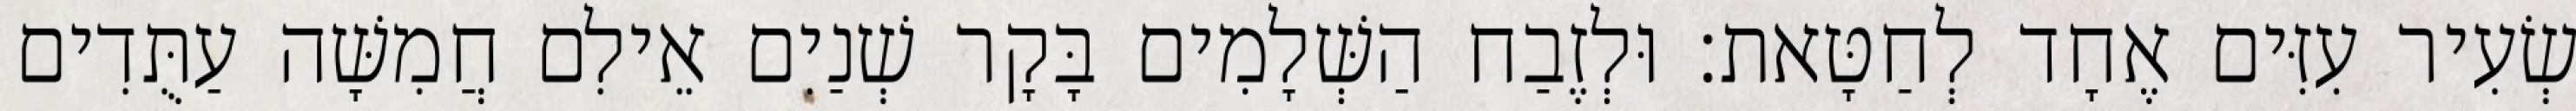
שְׂעִיר עִזִּים אֶחָד לְחַטָּאת׃ וּלְזֶבַח הַשְּׁלָמִים בָּקָר שְׁנַיִם אֵילִם חֲמִשָּׁה עַתֻּדִים